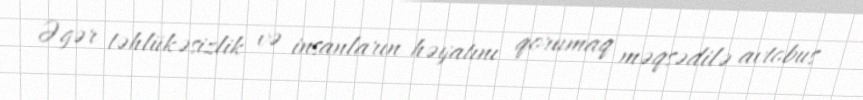
Əgər təhlükəsizlik və insanların həyatını qorumaq məqsədilə avtobus